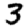
Digit: 3